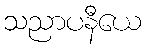
သညာပနီယေ